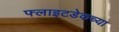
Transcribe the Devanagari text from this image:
फ्लाइटडेकच्या